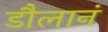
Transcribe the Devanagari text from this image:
डौलानं